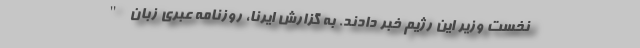
نخست وزیر این رژیم خبر دادند. به گزارش ایرنا، روزنامه عبری زبان "